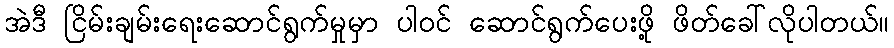
အဲဒီ ငြိမ်းချမ်းရေးဆောင်ရွက်မှုမှာ ပါဝင် ဆောင်ရွက်ပေးဖို့ ဖိတ်ခေါ်လိုပါတယ်။